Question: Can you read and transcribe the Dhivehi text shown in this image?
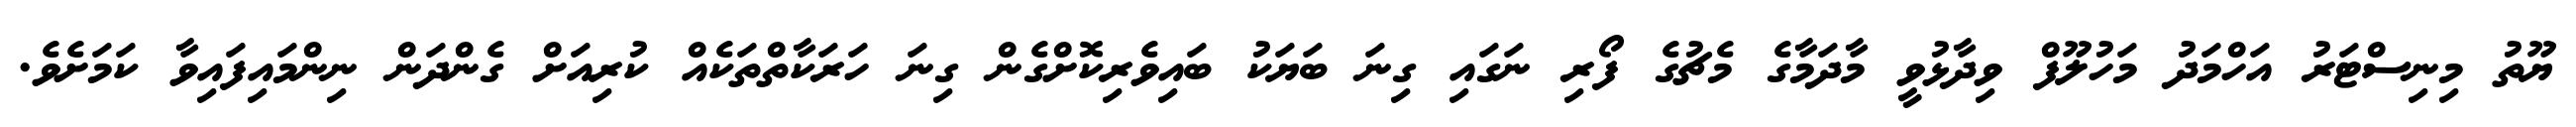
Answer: ޔޫތު މިނިސްޓަރު އަހްމަދު މަހުލޫފް ވިދާޅުވީ މާދަމާގެ މެޗުގެ ފޯރި ނަގައި ގިނަ ބަޔަކު ބައިވެރިކޮށްގެން ގިނަ ހަރަކާތްތަކެއް ކުރިއަށް ގެންދަން ނިންމައިފައިވާ ކަމަށެވެ.